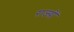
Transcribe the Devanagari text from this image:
राज्य़ों